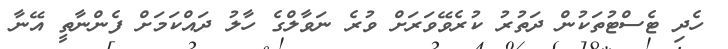
ހެދި ޓެސްޓުތަކުން ދަތުރު ކުރެވޭވަރަށް ވުރެ ނަވާލްގެ ހާލު ދައްކަމަށް ފެންނާތީ އޭނާ